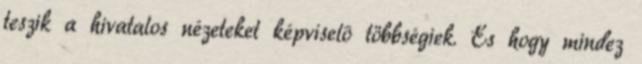
teszik a hivatalos nézeteket képviselõ többségiek. És hogy mindez